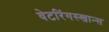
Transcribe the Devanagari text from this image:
वेटरिंगस्खान्स